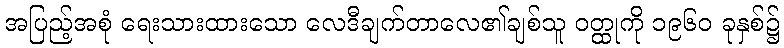
အပြည့်အစုံ ရေးသားထားသော လေဒီချက်တာလေ၏ချစ်သူ ဝတ္ထုကို ၁၉၆၀ ခုနှစ်၌